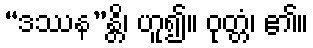
“ဒဿန”န္တိ၊ ဟူ၍။ ဝုတ္တံ၊ ၏။